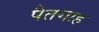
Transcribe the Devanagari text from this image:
पैतमाह